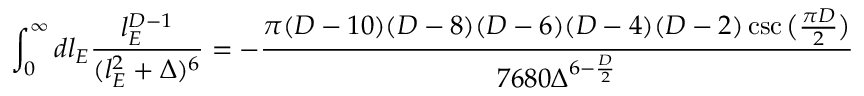
\int _ { 0 } ^ { \infty } d l _ { E } \frac { l _ { E } ^ { D - 1 } } { ( l _ { E } ^ { 2 } + \Delta ) ^ { 6 } } = - \frac { \pi ( D - 1 0 ) ( D - 8 ) ( D - 6 ) ( D - 4 ) ( D - 2 ) \csc \big ( \frac { \pi D } { 2 } \big ) } { 7 6 8 0 \Delta ^ { 6 - \frac { D } { 2 } } }